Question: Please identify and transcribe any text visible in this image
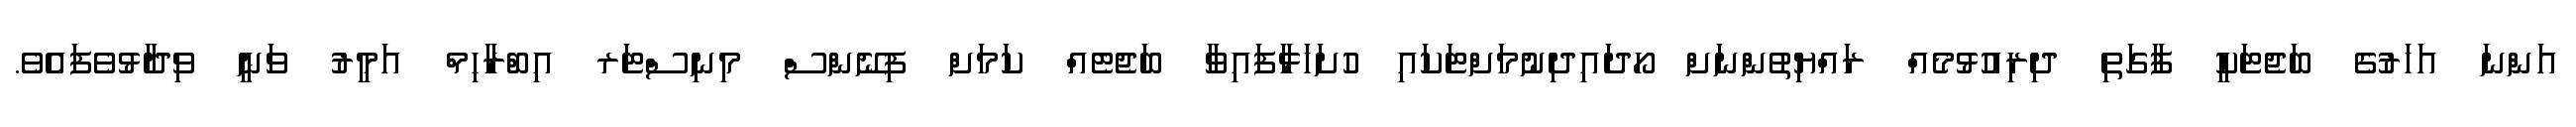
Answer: އަންނަ އަހަރުގެ ބަޖެޓަކީ ފާގަތި ދިރިއުޅުމެއް ރައްޔިތުންނަށް ހޯދައިދިނުމަށްޓަކައި ހުށަހަޅާފައިވާ ބަޖެޓެއް ކަމަށް ފިނޭންސް މިނިސްޓަރ އިބްރާހިމް އަމީރު ވަނީ ވިދާޅުވެފައެވެ.